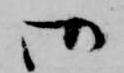
御